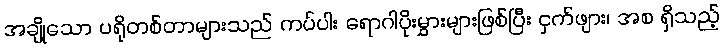
အချို့သော ပရိုတစ်တာများသည် ကပ်ပါး ရောဂါပိုးမွှားများဖြစ်ပြီး ငှက်ဖျား၊ အစ ရှိသည့်